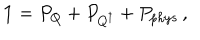
{ \mathbf 1 } = P _ { Q } + P _ { Q ^ { \dagger } } + P _ { p h y s } \, ,